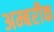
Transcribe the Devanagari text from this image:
अम्बरीक